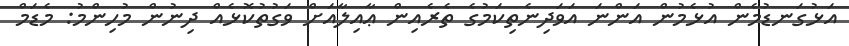
އަޅުގަނޑުމެން އުޅެމުން އަންނަ އަވަދިނެތިކަމުގެ ތެރެއިން ޢާއިލާއަށް ވަގުތުކޮޅެއް ދިނުން މުހިންމު: މެޑަމް